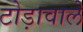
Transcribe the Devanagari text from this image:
टोड़ावाले